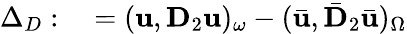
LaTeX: \begin{array}{rl}{\Delta_{D}:}&{{}=(\mathbf{u},\mathbf{D}_{2}\mathbf{u})_{\omega}-(\bar{\mathbf{u}},\bar{\mathbf{D}}_{2}\bar{\mathbf{u}})_{\Omega}}\end{array}